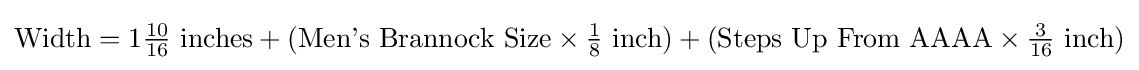
{\text{Width}}=1{\tfrac {10}{16}}{\text{ inches}}+({\text{Men's Brannock Size}}\times {\tfrac {1}{8}}{\text{ inch}})+({\text{Steps Up From AAAA}}\times {\tfrac {3}{16}}{\text{ inch}})